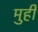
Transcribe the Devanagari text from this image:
मुही